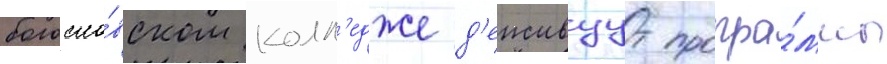
богосло́вском колл'едже д'еиствуут програ́ммы